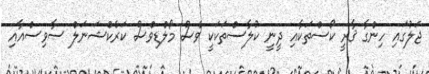
ޖަލުގައި ހިންގާ ޤާރީ ކޯސްތަކާއި ދީނީ ކުލާސްތަކަކީ ވެސް މޯލްޑިވްސް ކަރެކްޝަނަލް ސާވިސްއާއި